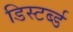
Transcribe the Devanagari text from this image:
डिस्टर्ब्ड